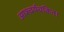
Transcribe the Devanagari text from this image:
आश्चर्यचकित।